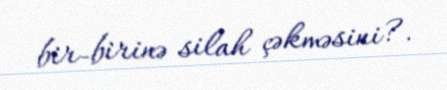
bir-birinə silah çəkməsini?.